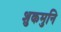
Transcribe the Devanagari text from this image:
शुकमुनि